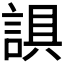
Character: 𰴼